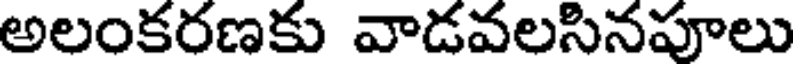
అలంకరణకు వాడవలసినపూలు